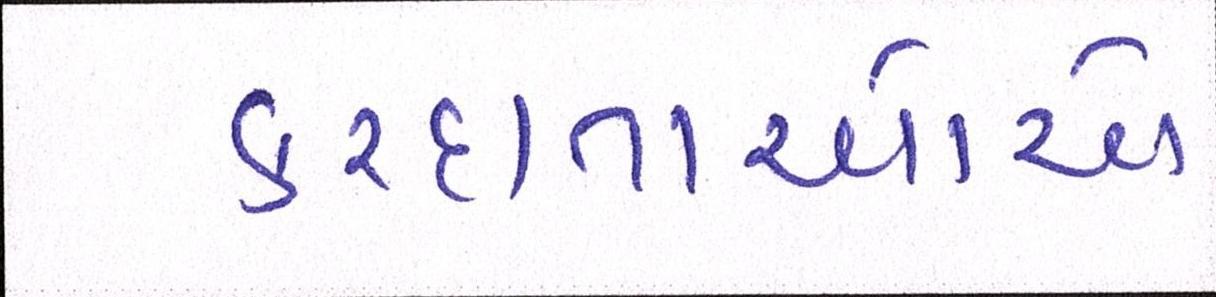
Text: કરદાતાઓએ